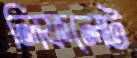
লিফলেট